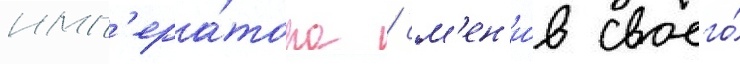
имп'ера́тора / см'ен'и́в своего́